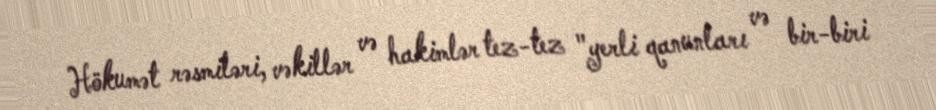
Hökumət rəsmiləri, vəkillər və hakimlər tez-tez "yerli qanunları və bir-biri